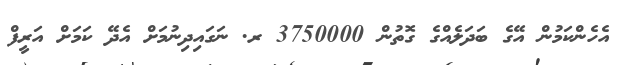
އެހެންކަމުން އޭގެ ބަދަލެއްގެ ގޮތުން 3750000 ރ. ނަގައިދިނުމަށް އެދޭ ކަމަށް އަރީފް